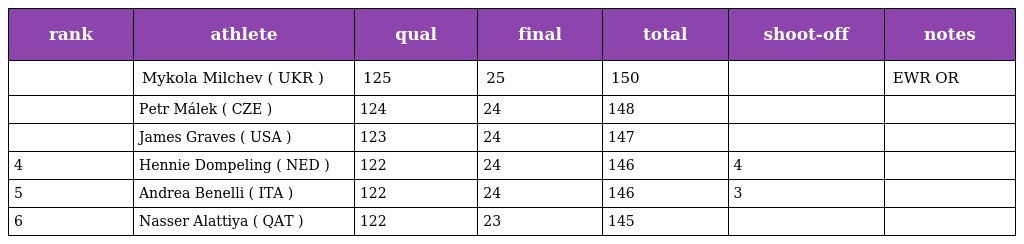
| rank | athlete | qual | final | total | shoot-off | notes |
 | --- | --- | --- | --- | --- | --- | --- |
 |  | Mykola Milchev ( UKR ) | 125 | 25 | 150 |  | EWR OR |
 |  | Petr Málek ( CZE ) | 124 | 24 | 148 |  |  |
 |  | James Graves ( USA ) | 123 | 24 | 147 |  |  |
 | 4 | Hennie Dompeling ( NED ) | 122 | 24 | 146 | 4 |  |
 | 5 | Andrea Benelli ( ITA ) | 122 | 24 | 146 | 3 |  |
 | 6 | Nasser Alattiya ( QAT ) | 122 | 23 | 145 |  |  |